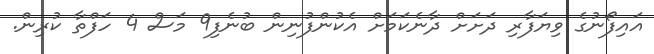
އައިފޯނުގެ ވިޔަފާރި ދަށަށް ދާނެކަމަށް އެކުންފުނިން ބުނެފި9 މަސް 4 ހަފްތާ ކުރިން.